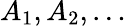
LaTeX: A_{1},A_{2},\ldots